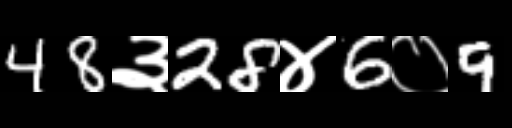
Text: 48३28४6०9